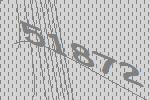
51872